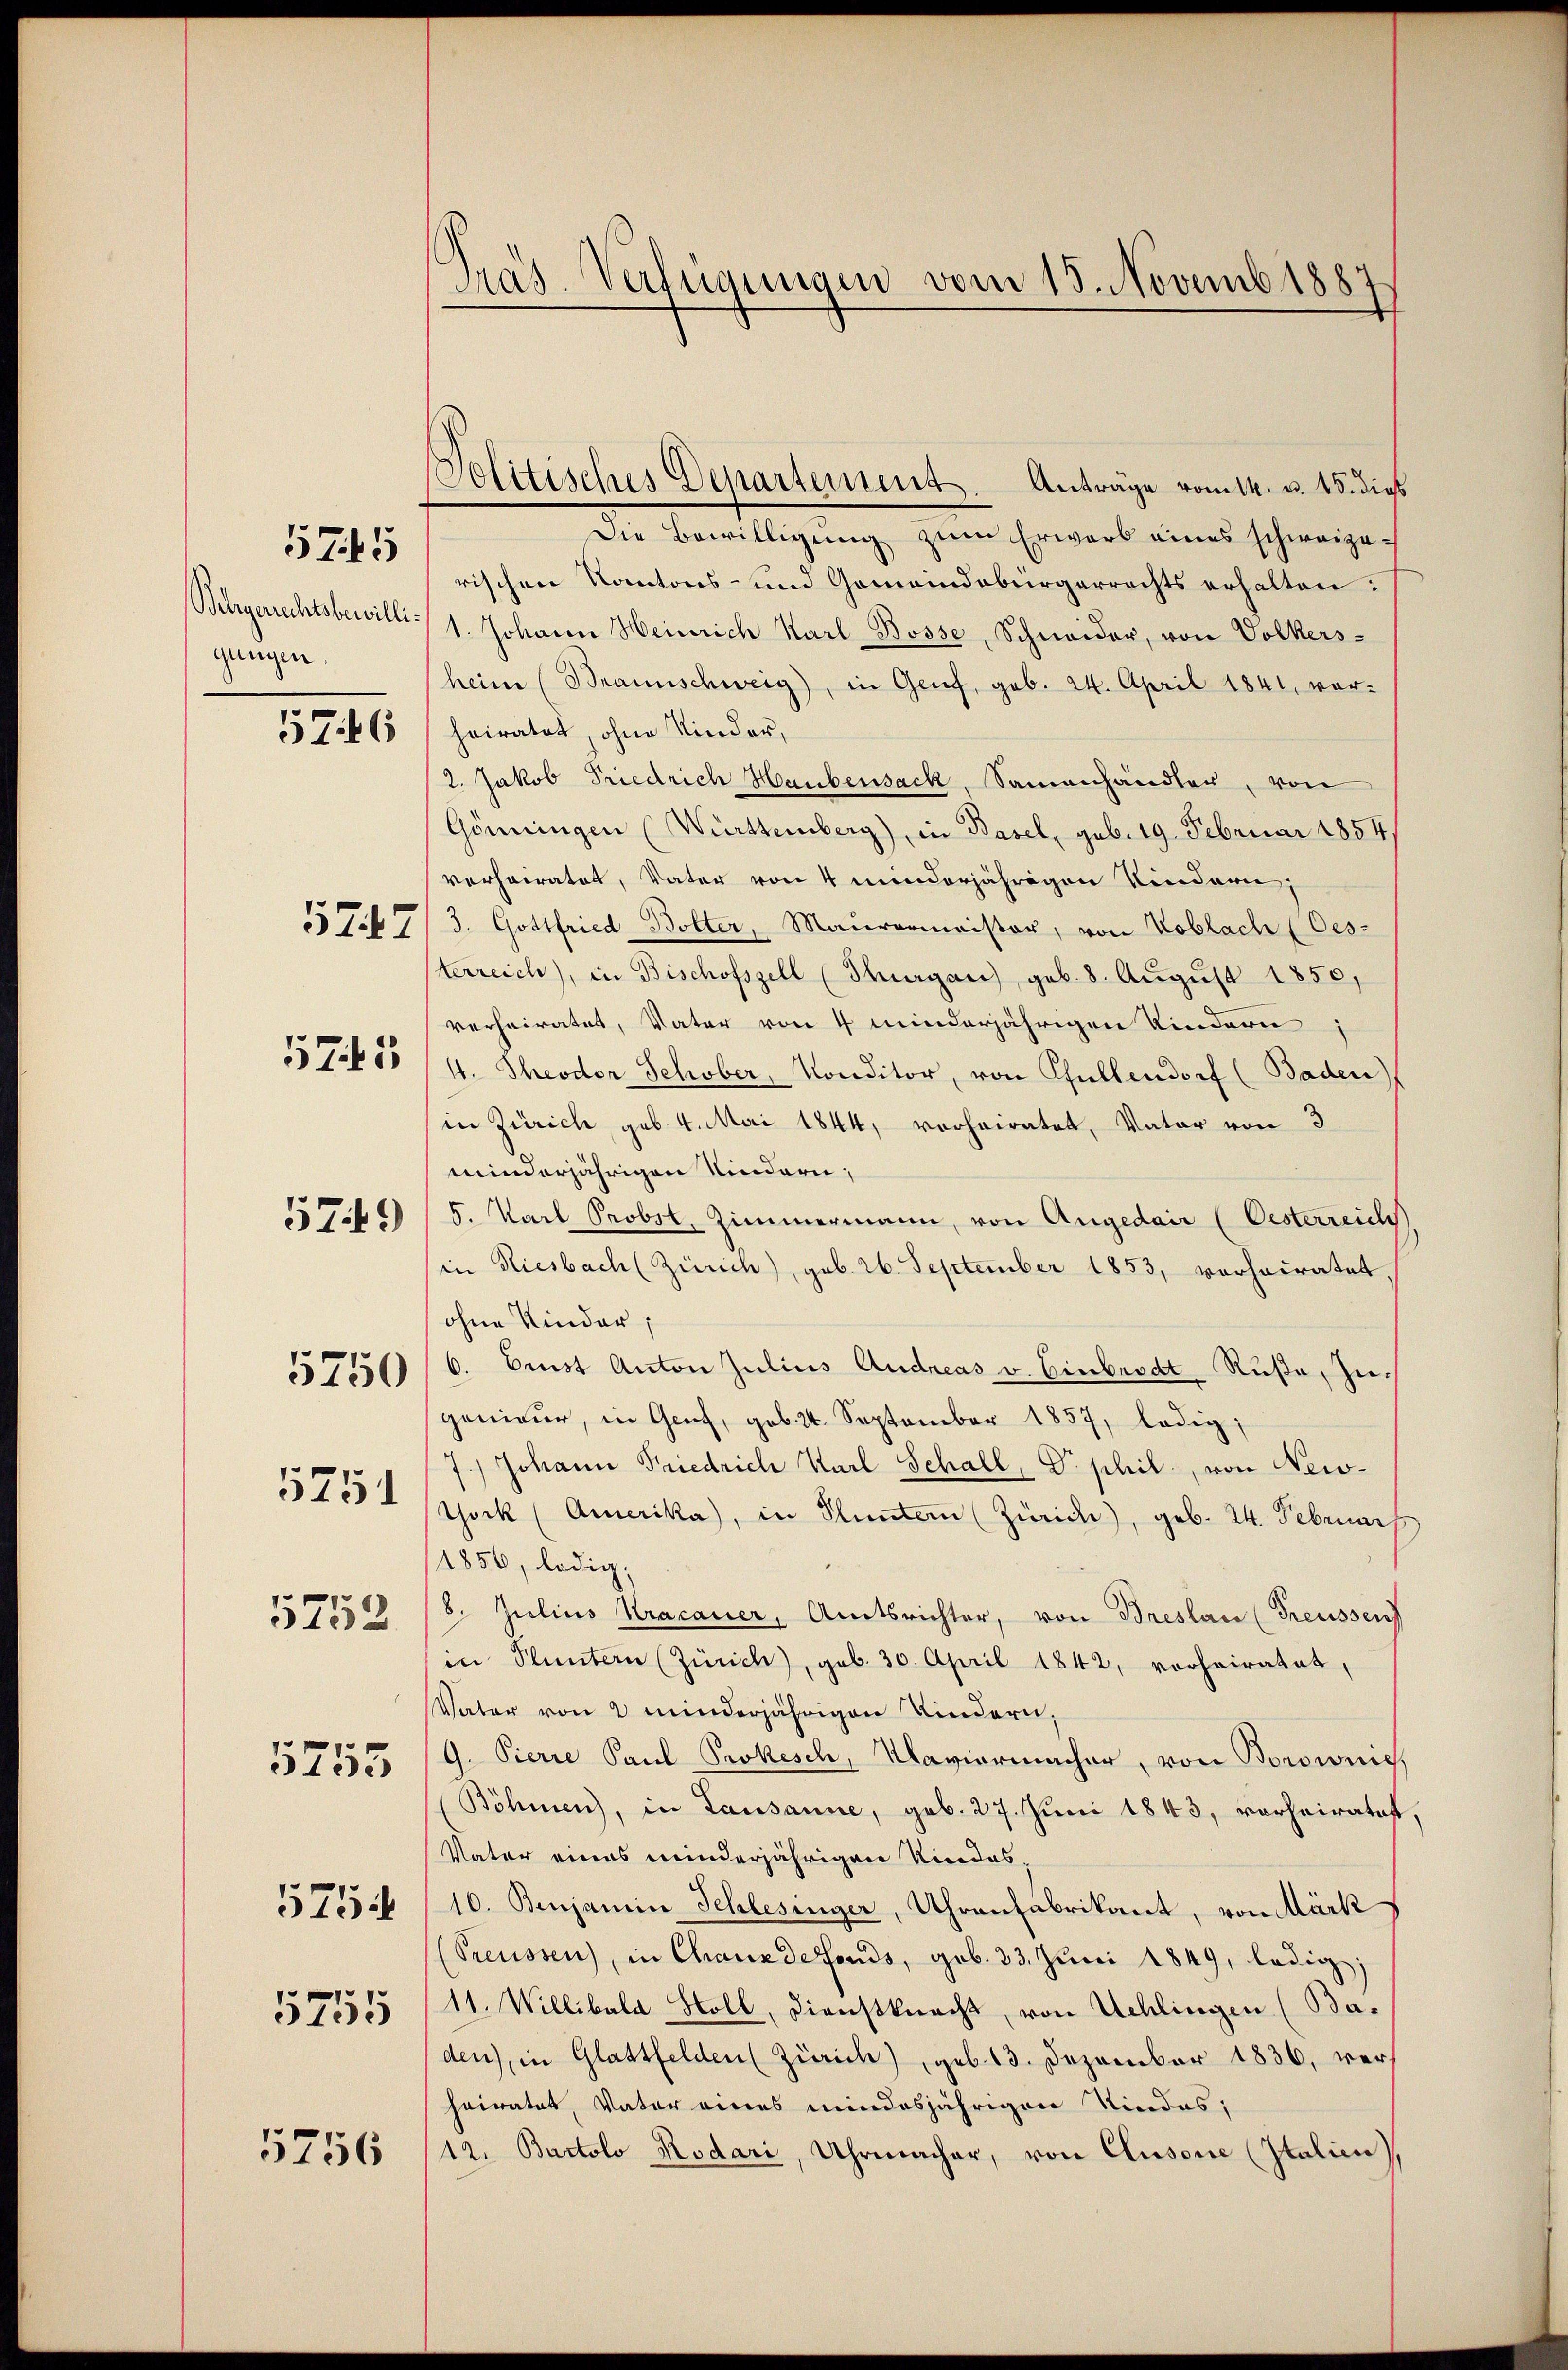
5745

Belegerechtsbewilligungen.

5746

5747

5745

5749

5750

5751

5752
5755
5754
5755

5756

Präs. Verfügungen vom 15. Novemb. 1887

Politisches Departement. Anträge vom 14. u. 15. dies
Die Bewilligŭng zŭm Erwarb eines schweizerischen Kantons- und Gemeindebürgerrechts erhalten:
1. Johann Heinrich Karl Bosse, Schneider, von Volkersheim (Braunschweig, in Genf, geb. 24. April 1841, vorheiratet ohne Kinder,
2. Jakob Friedrich Haubensack, Samenhändler, von
Gönningen (Württemberg), in Basel, geb. 19. Februar 1854,
verheiratet, Vater von 4 minderjährigen Kindern,
3. Gottfried Bolter, Maurermeister, von Koblach (Oes-
sterreich, in Bischofszell (Thurgau) geb. 8. Aŭgŭst 1850,
verheiratet, Vater von 4 minderjährigen Kindern;
4. Theodor Schober, Konditor, von Pfullendorf (Baden)
in Zürich geb. 4. Mai 1844, vorheiratet, Vater von 3
minderjährigen Niedern;
5. Karl Probst, Zimmermann, von Angedair (Oesterreich
in Riesbach (Zürich), geb. 26. September 1853, vorhocratet
ohne Kinder,
6. Einst Anton Julius Andreas v. Einbrodt Ruße, zugenieur, in Genf, geb. 24. September 1857, ledig,
7.) Johann Friedrich Karl Schall, D. phil., von New-
York (Amerika, in Pluntern (Zürich), geb. 24. Februar
1856, ledig,
8. Julius Kracauer, Amtsrichter, von Breslau (Treussens
in Pluntern (Zürich), geb. 30. April 1842, vorheiratet,
Vater von 2 minderjährigen Kindern,
G. Pierre Paul Prokesch, Maviermacher, von Borownic,
Böhmen, in Lausanne, geb. 27. Juni 1843, vorheiratet,
Vater eines minderjährigen Kindes¬
10. Benjamia Schlesinger, Uhrenfabrikant, von Märk
(Preussen, in Chauxdefonds, geb. 33. Juni 1849, ledig;
11. Willibald Stoll, Dienstknecht, von Schlingen (Baden), in Glattfelden (Zürich), geb. 13. Dezember 1836, verheiratet, Vater eines mindesjährigen Niedes;
12. Bartolo Rodari, Uhrmacher, von Clusone (Italien),